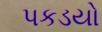
પકડયો